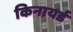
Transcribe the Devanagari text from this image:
किनायर्ड